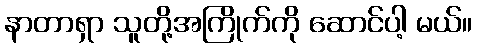
နာတာရှာ သူတို့အကြိုက်ကို ဆောင်ပါ့ မယ်။